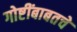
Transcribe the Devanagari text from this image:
गोष्टींबाबतचे